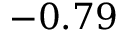
- 0 . 7 9